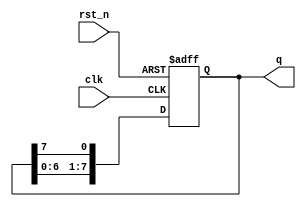
module shift_register_8(
    output reg [7:0] q,
    input clk,
    input rst_n
    );
    
    always @(posedge clk or negedge rst_n)
    begin
        if(rst_n == 0)
            q <= 01010101;
        else
        begin
            q[0] <= q[7];
            q[1] <= q[0];
            q[2] <= q[1];              
            q[3] <= q[2];
            q[4] <= q[3];
            q[5] <= q[4];
            q[6] <= q[5];
            q[7] <= q[6];
        end
    end
    
endmodule